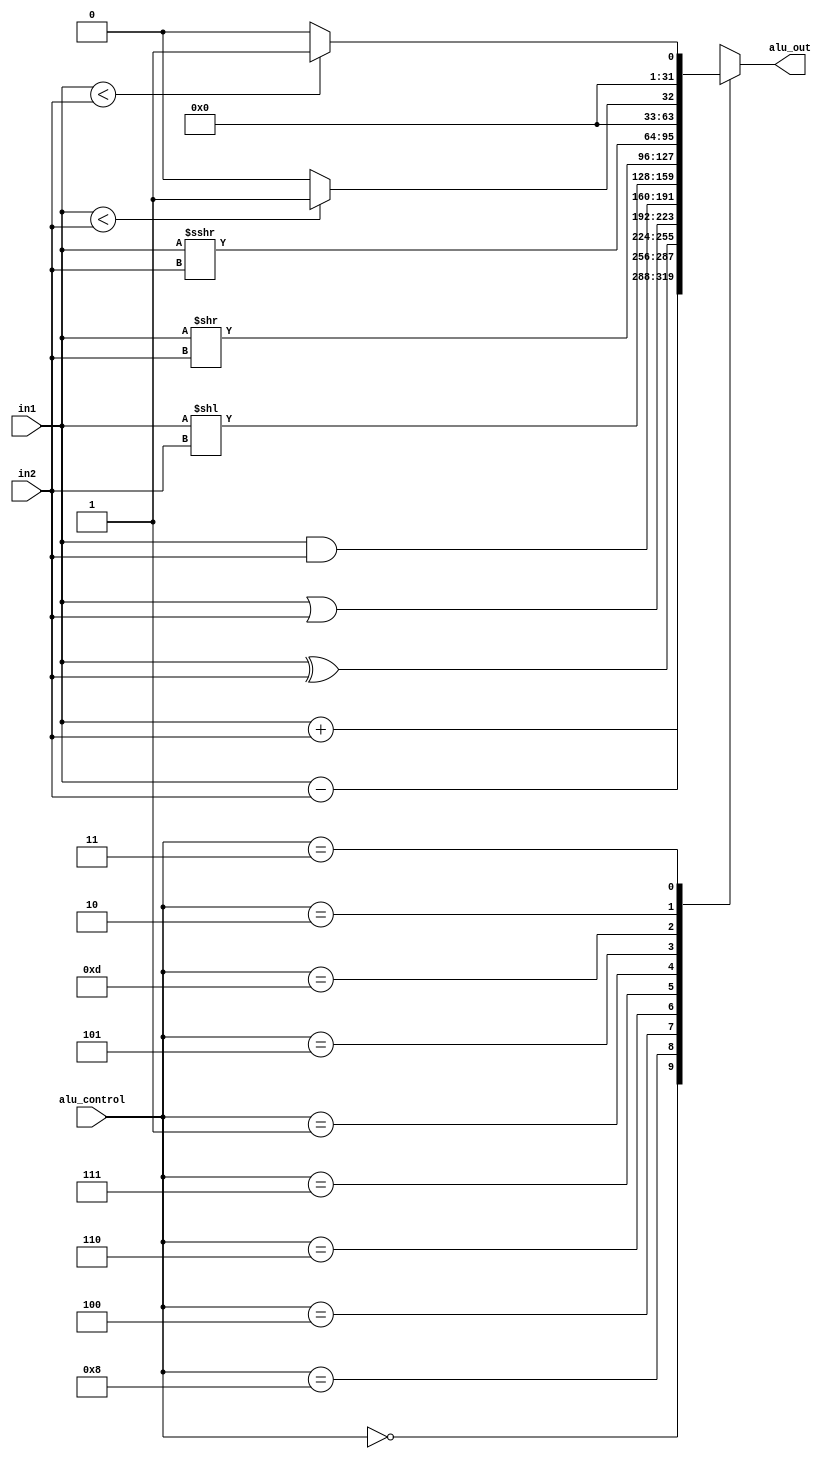
module ALU (
    output reg [31:0] alu_out,
    input [31:0] in1,
    input [31:0] in2,
    input wire [3:0] alu_control
);

always @(*) begin
    case (alu_control)
        4'b0000: alu_out = $signed(in1)+$signed(in2); // add
        4'b1000: alu_out = $signed(in1)-$signed(in2);  //sub
        4'b0100: alu_out = $signed(in1)^$signed(in2); // XOR
        4'b0110: alu_out = $signed(in1)|$signed(in2); // or
        4'b0111: alu_out = $signed(in1)&$signed(in2); // and
        4'b0001: alu_out = $signed(in1)<<$signed(in2); // shift left logical
        4'b0101: alu_out = $signed(in1)>>$signed(in2); // shift right logical
        4'b1101: alu_out = $signed(in1)>>>$signed(in2); // shift right arthamatic
        4'b0010: alu_out = ($signed(in1)<$signed(in2))?1:0; // set less than
        4'b0011: alu_out =     (in1)<(in2)?1:0; // shift less then U


        default: alu_out = 32'hxxxxxxxx;
    endcase
end

    
endmodule